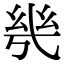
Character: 𭙌